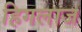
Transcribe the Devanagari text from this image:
हिगलाज